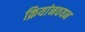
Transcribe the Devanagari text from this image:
क्रियांनवयन